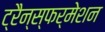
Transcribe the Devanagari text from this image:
ट्रैन्स्फर्मेशन